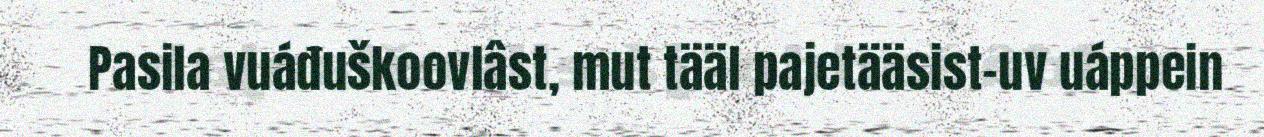
Pasila vuáđuškoovlâst, mut tääl pajetääsist-uv uáppein